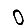
Digit: 0